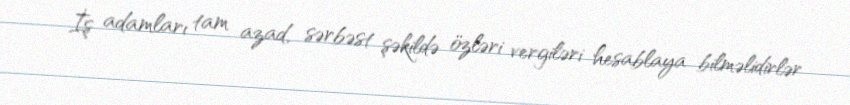
İş adamları tam azad, sərbəst şəkildə özləri vergiləri hesablaya bilməlidirlər